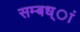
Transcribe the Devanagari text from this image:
सम्बध्ां